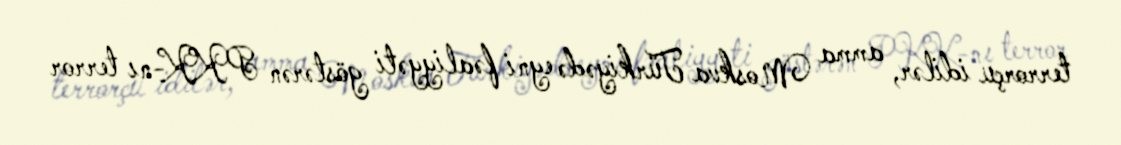
terrorçu idilər, amma Moskva Türkiyədə eyni fəaliyyəti göstərən PKK-nı terror